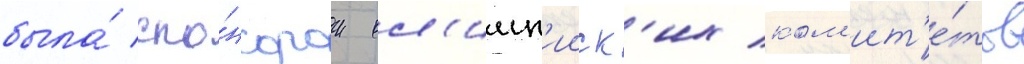
была́ спо́нсором ол'имп'ииск'их ком'ит'е́тов